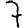
Digit: 7